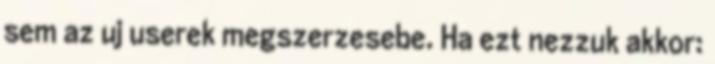
sem az uj userek megszerzesebe. Ha ezt nezzuk akkor: